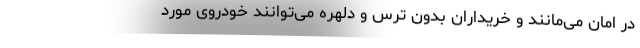
در امان می‌مانند و خریداران بدون ترس و دلهره می‌توانند خودروی مورد